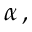
\alpha \, ,